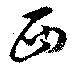
西